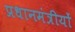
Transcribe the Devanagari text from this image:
प्रधानमंत्रीयों